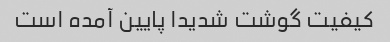
کیفیت گوشت شدیدا پایین آمده است